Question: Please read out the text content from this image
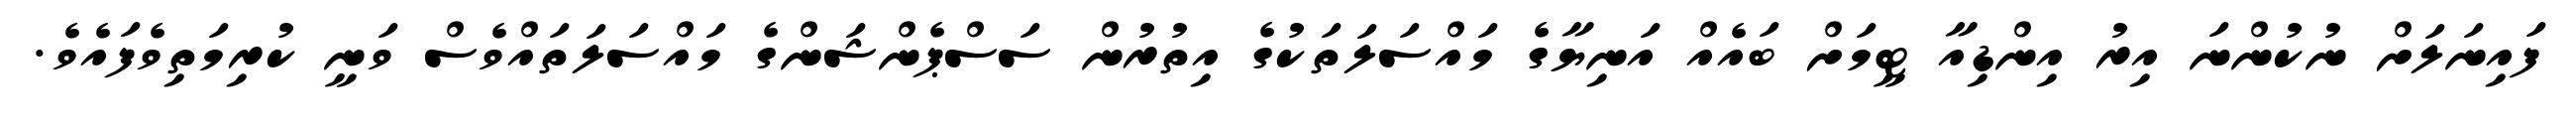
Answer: ފައިނަލަށް ނުކުންނަ އިރު އިންޑިއާ ޓީމަށް ބައެއް އަނިޔާގެ މައްސަލަތަކުގެ އިތުރުން ސަސްޕެންޝަންގެ މައްސަލަތައްވެސް ވަނީ ކުރިމަތިވެފައެވެ.